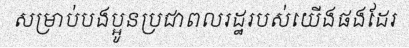
សម្រាប់បងប្អូនប្រជាពលរដ្ឋរបស់យើងផងដែរ